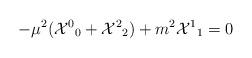
LaTeX: \begin{align*}-\mu^2 ({{\cal X}^0}_0 + {{\cal X}^2}_2) + m^2 {{\cal X}^1}_1 = 0\end{align*}